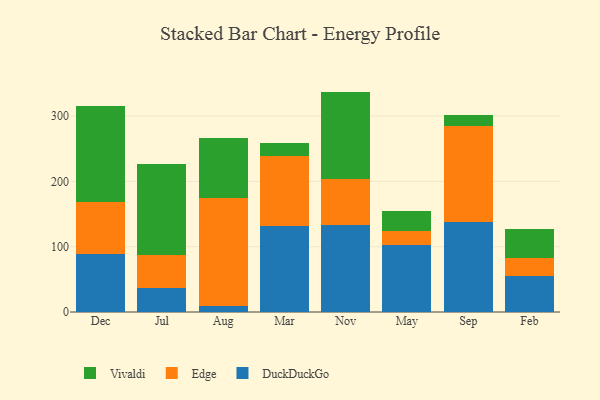
{"axis": {"x": "Month", "y": "Churn Rate (%)"}, "legend": ["DuckDuckGo", "Edge", "Vivaldi"], "data": [{"x": "Dec", "y": 88.4, "type": "DuckDuckGo"}, {"x": "Dec", "y": 79.6, "type": "Edge"}, {"x": "Dec", "y": 147.2, "type": "Vivaldi"}, {"x": "Jul", "y": 36.1, "type": "DuckDuckGo"}, {"x": "Jul", "y": 51.3, "type": "Edge"}, {"x": "Jul", "y": 138.7, "type": "Vivaldi"}, {"x": "Aug", "y": 9.4, "type": "DuckDuckGo"}, {"x": "Aug", "y": 164.6, "type": "Edge"}, {"x": "Aug", "y": 92.9, "type": "Vivaldi"}, {"x": "Mar", "y": 132.3, "type": "DuckDuckGo"}, {"x": "Mar", "y": 106.0, "type": "Edge"}, {"x": "Mar", "y": 20.3, "type": "Vivaldi"}, {"x": "Nov", "y": 133.9, "type": "DuckDuckGo"}, {"x": "Nov", "y": 69.7, "type": "Edge"}, {"x": "Nov", "y": 133.8, "type": "Vivaldi"}, {"x": "May", "y": 102.8, "type": "DuckDuckGo"}, {"x": "May", "y": 21.6, "type": "Edge"}, {"x": "May", "y": 30.1, "type": "Vivaldi"}, {"x": "Sep", "y": 138.5, "type": "DuckDuckGo"}, {"x": "Sep", "y": 146.9, "type": "Edge"}, {"x": "Sep", "y": 16.9, "type": "Vivaldi"}, {"x": "Feb", "y": 55.0, "type": "DuckDuckGo"}, {"x": "Feb", "y": 28.1, "type": "Edge"}, {"x": "Feb", "y": 44.2, "type": "Vivaldi"}]}